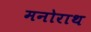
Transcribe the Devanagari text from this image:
मनोराथ